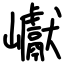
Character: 巘